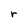
Character: r